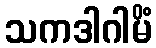
သကဒါဂါမိံ